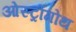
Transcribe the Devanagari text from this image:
ओस्ट्रोगोथ